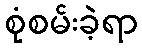
စုံစမ်းခဲ့ရာ